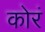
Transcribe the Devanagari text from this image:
कोरं